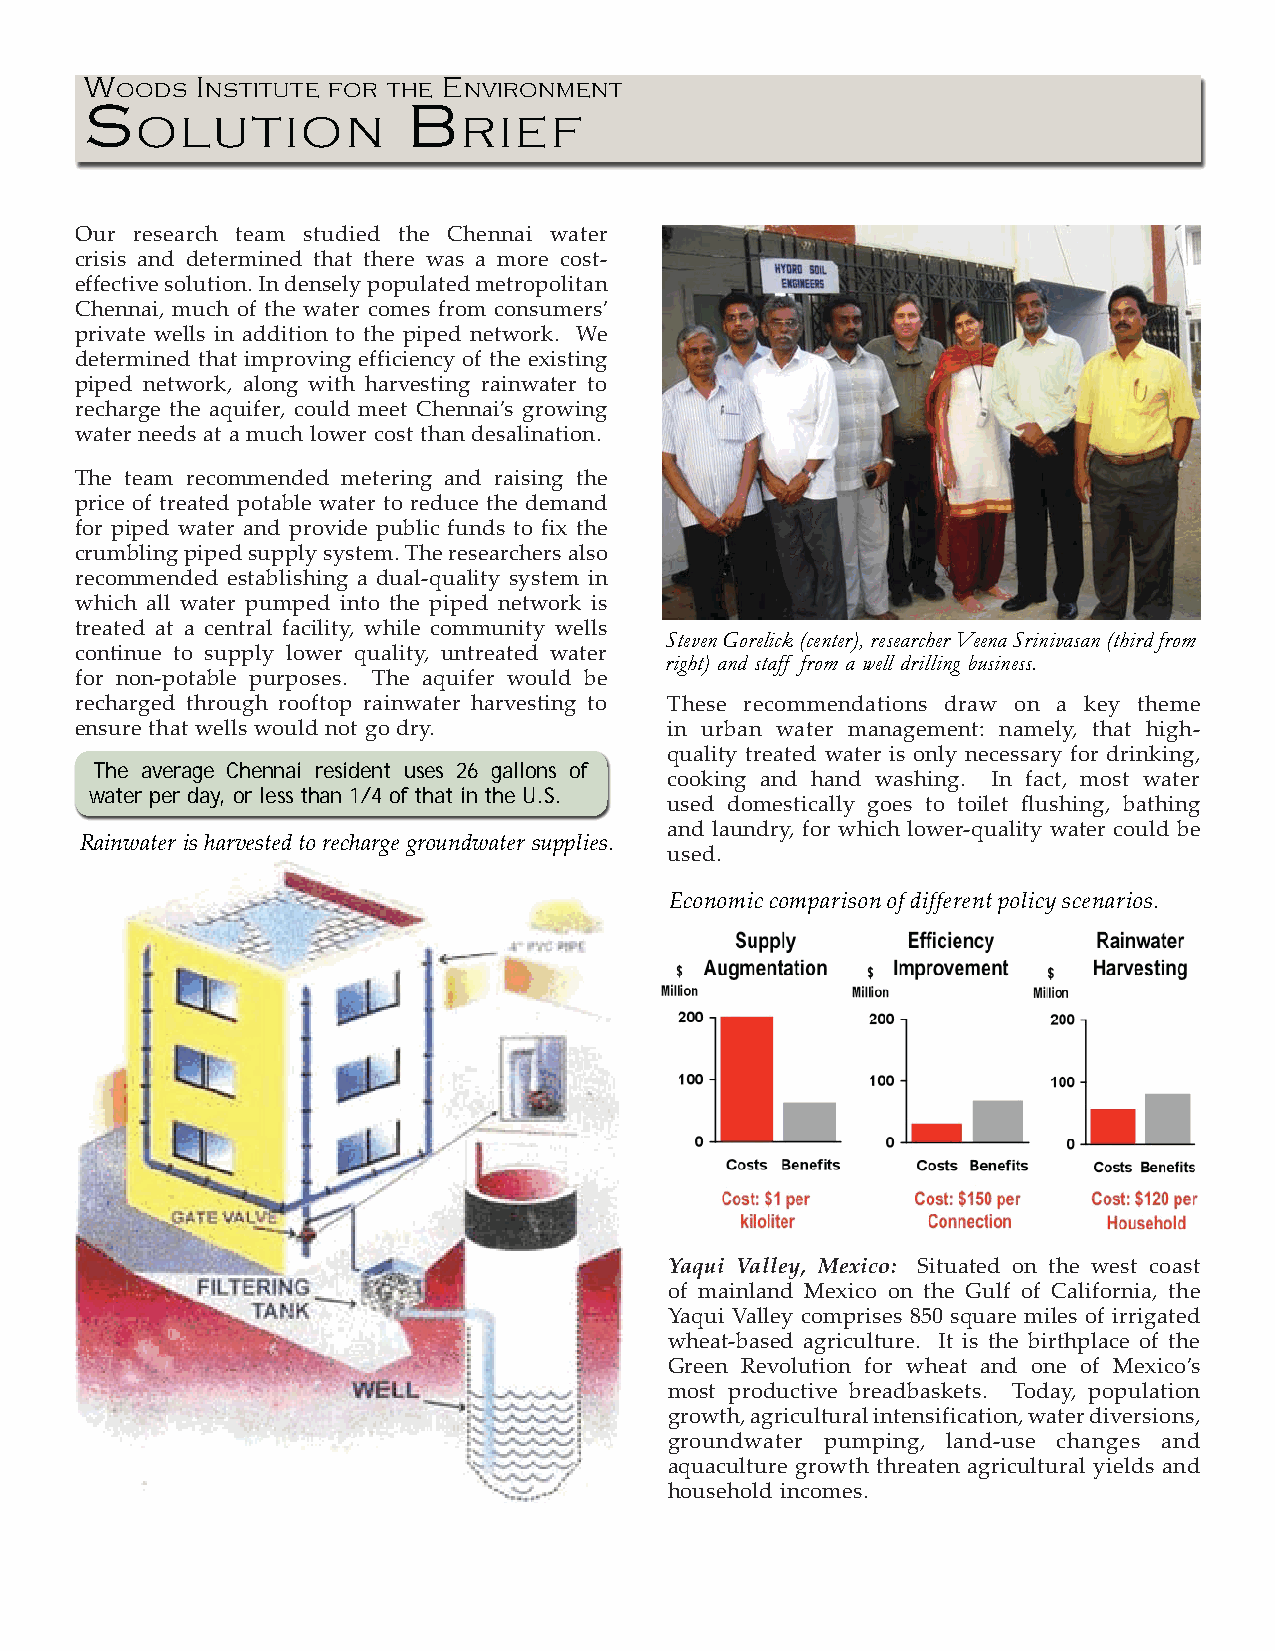
W      I               E
 OODS  NSTITUTE FOR THE NVIRONMENT
 S                    B
 OLUTION               RIEF
 Our research team studied the Chennai water
 crisis and determined that there was a more cost-
 effective solution. In densely populated metropolitan
 Chennai, much of the water comes from consumers’
 private wells in addition to the piped network. We
 determined that improving efficiency of the existing
 piped network, along with harvesting rainwater to
 recharge the aquifer, could meet Chennai’s growing
 water needs at a much lower cost than desalination.
 The team recommended metering and raising the
 price of treated potable water to reduce the demand
 for piped water and provide public funds to fix the
 crumbling piped supply system. The researchers also
 recommended establishing a dual-quality system in
 which all water pumped into the piped network is
 treated at a central facility, while community wells
 Steven Gorelick (center), researcher Veena Srinivasan (third from
 continue to supply lower quality, untreated water
 right) and staff from a well drilling business.
 for non-potable purposes. The aquifer would be
 recharged through rooftop rainwater harvesting to These recommendations draw on a key theme
 ensure that wells would not go dry.    in urban water management: namely, that high-
 quality treated water is only necessary for drinking,
 The average Chennai resident uses 26 gallons of
 cooking and hand washing. In fact, most water
 water per day, or less than 1/4 of that in the U.S.
 used domestically goes to toilet flushing, bathing
 and laundry, for which lower-quality water could be
 Rainwater is harvested to recharge groundwater supplies.
 used.
 Economic comparison of different policy scenarios.
 Yaqui Valley, Mexico: Situated on the west coast
 of mainland Mexico on the Gulf of California, the
 Yaqui Valley comprises 850 square miles of irrigated
 wheat-based agriculture. It is the birthplace of the
 Green Revolution for wheat and one of Mexico’s
 most productive breadbaskets. Today, population
 growth, agricultural intensification, water diversions,
 groundwater pumping, land-use changes and
 aquaculture growth threaten agricultural yields and
 household incomes.